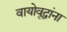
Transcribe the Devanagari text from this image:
वायोवृद्धांना